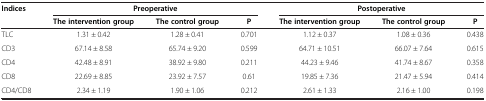
<table><thead><tr><td rowspan="2"><b>Indices</b></td><td colspan="3"><b>Preoperative</b></td><td colspan="3"><b>Postoperative</b></td></tr><tr><td><b>The intervention group</b></td><td><b>The control group</b></td><td><b>P</b></td><td><b>The intervention group</b></td><td><b>The control group</b></td><td><b>P</b></td></tr></thead><tbody><tr><td>TLC</td><td>1.31 ± 0.42</td><td>1.28 ± 0.41</td><td>0.701</td><td>1.12 ± 0.37</td><td>1.08 ± 0.36</td><td>0.438</td></tr><tr><td>CD3</td><td>67.14 ± 8.58</td><td>65.74 ± 9.20</td><td>0.599</td><td>64.71 ± 10.51</td><td>66.07 ± 7.64</td><td>0.615</td></tr><tr><td>CD4</td><td>42.48 ± 8.91</td><td>38.92 ± 9.80</td><td>0.211</td><td>44.23 ± 9.46</td><td>41.74 ± 8.67</td><td>0.358</td></tr><tr><td>CD8</td><td>22.69 ± 8.85</td><td>23.92 ± 7.57</td><td>0.61</td><td>19.85 ± 7.36</td><td>21.47 ± 5.94</td><td>0.414</td></tr><tr><td>CD4/CD8</td><td>2.34 ± 1.19</td><td>1.90 ± 1.06</td><td>0.212</td><td>2.61 ± 1.33</td><td>2.16 ± 1.00</td><td>0.198</td></tr></tbody></table>